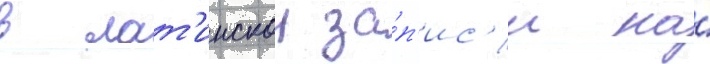
в лат'инскои за́п'ис'и на́